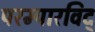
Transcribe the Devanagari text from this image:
परम्पारविद्